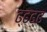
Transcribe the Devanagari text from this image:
ढ्ढढ्ढ